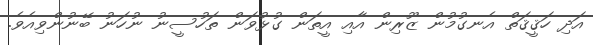
އަދި ހަޤީޤަތް އެނގުމުން ޒޫރިން އާއި އީތަން ގުޅުވަން ތަހުސީނު ނުހަނު ބޭނުންވިއެވެ.